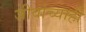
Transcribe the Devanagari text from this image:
जीवांच्याही